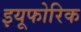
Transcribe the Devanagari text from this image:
इयूफोरिक